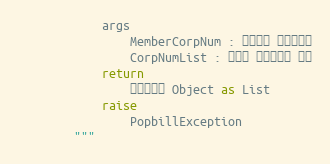
Language: Python
            args
                MemberCorpNum : 팝빌회원 사업자번호
                CorpNumList : 조회할 사업자번호 배열
            return
                휴폐업정보 Object as List
            raise
                PopbillException
        """